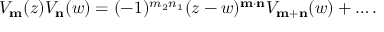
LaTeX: V _ { \bf m } ( z ) V _ { \bf n } ( w ) = ( - 1 ) ^ { m _ { 2 } n _ { 1 } } ( z - w ) ^ { \bf m \cdot n } V _ { \bf m + n } ( w ) + \ldots .